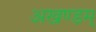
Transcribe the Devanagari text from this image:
अखण्डम्